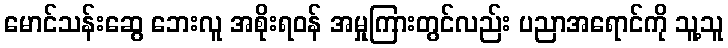
မောင်သန်းဆွေ ဘေးလူ အစိုးရဝန် အမှုကြားတွင်လည်း ပညာအရောင်ကို သူ့သူ